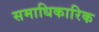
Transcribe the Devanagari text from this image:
समाधिकारिक